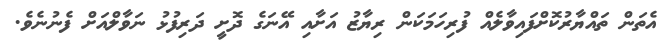
އެތަން ތައްޔާރުކޮށްފައިވާލެއް ފުރިހަމަކަން ރިޔާޒު އަށާއި އޭނަގެ ދޮށީ ދަރިފުޅު ނަވާލްއަށް ފެނުނެވެ.